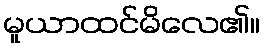
မူယာထင်မိလေ၏။